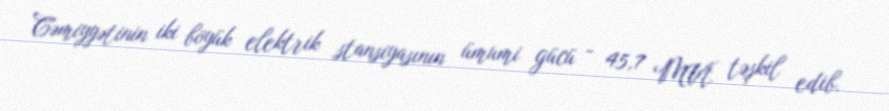
Cəmiyyətinin iki böyük elektrik stansiyasının ümumi gücü - 45,7 MVt təşkil edib.